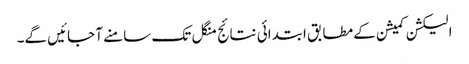
الیکشن کمیشن کے مطابق ابتدائی نتائج منگل تک سامنے آ جائیں گے۔